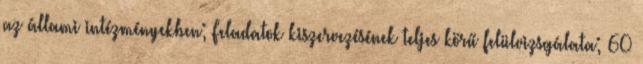
az állami intézményekben; Feladatok kiszervezésének teljes körű felülvizsgálata; 60